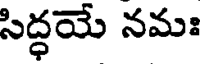
సిద్ధయే నమః